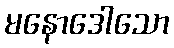
မနောဒေါသော